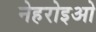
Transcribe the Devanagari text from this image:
नेहरोइओ